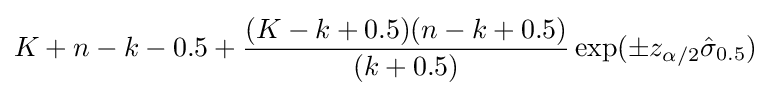
K+n-k-0.5+{\frac {(K-k+0.5)(n-k+0.5)}{(k+0.5)}}\exp(\pm z_{\alpha /2}{\hat {\sigma }}_{0.5})